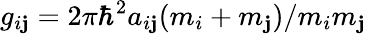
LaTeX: g_{i\mathbf{j}}=2\pi\hbar^{2}a_{i\mathbf{j}}(m_{i}+m_{\mathbf{j}})/m_{i}m_{\mathbf{j}}